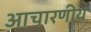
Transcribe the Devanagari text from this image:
आचारणीय